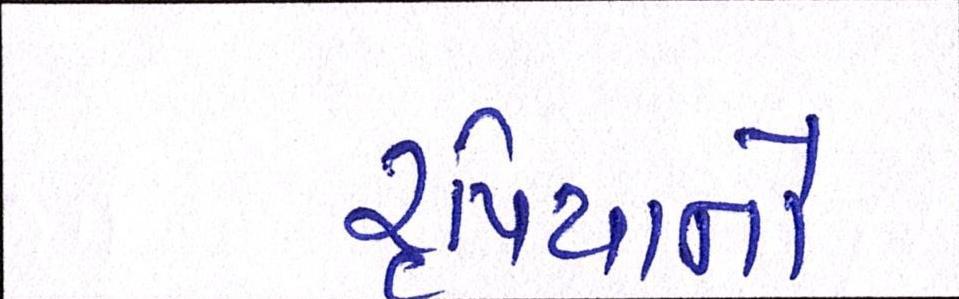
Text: રૃપિયાનો